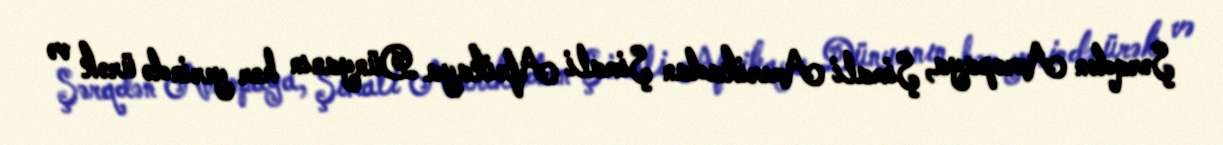
Şərqdən Avropaya, Şimali Amerikadan Şimali Afrikaya Dünyanın hər yerində ürək və